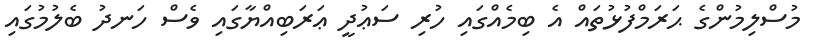
މުސްލިމުންގެ ޙަރަމްފުޅުތައް އެ ބިމެއްގައި ހުރި ސަޢުދީ ޢަރަބިއްޔާގައި ވެސް ހަނދު ބެލުމުގައި